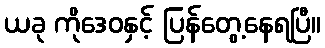
ယခု ကိုဒေဝနှင့် ပြန်တွေ့နေရပြီ။